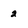
Character: 2